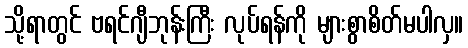
သို့ရာတွင် ဗရင်ဂျီဘုန်းကြီး လုပ်ရန်ကို များစွာစိတ်မပါလှ။